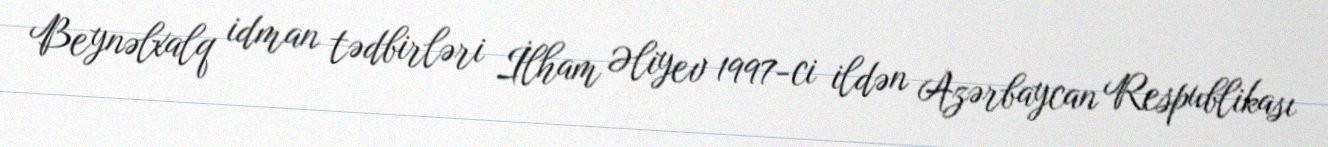
Beynəlxalq idman tədbirləri İlham Əliyev 1997-ci ildən Azərbaycan Respublikası